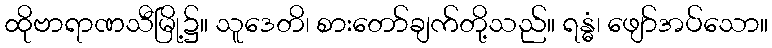
ထိုဗာရာဏသီမြို့၌။ သူဒေတိ၊ စားတော်ချက်တို့သည်။ ရန္ဓံ၊ ဖျော်အပ်သော။